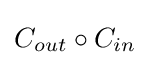
C_{out}\circ C_{in}